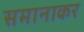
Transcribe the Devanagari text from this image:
समानाकर